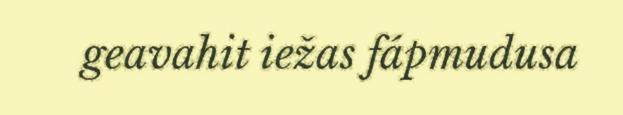
geavahit iežas fápmudusa